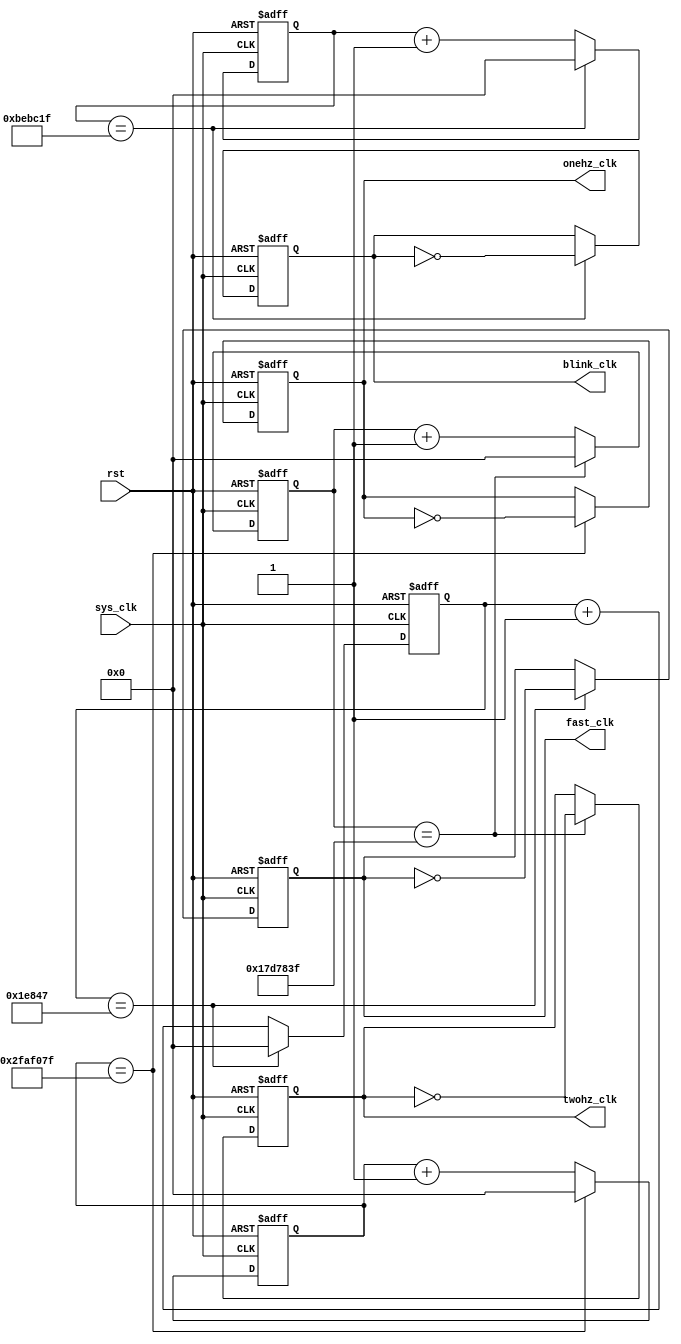

`timescale 1ns / 1ps
//////////////////////////////////////////////////////////////////////////////////
// Company:
// Engineer:
//
// Design Name:
// Module Name:    clk_div
// Project Name:
// Target Devices:
// Tool versions:
// Description:
//
// Dependencies:
//
// Revision:
// Revision 0.01 - File Created
// Additional Comments:
//
//////////////////////////////////////////////////////////////////////////////////
//TODO: Figure out how fast to make blink_clk blink
module SetClk(
    //Input
    sys_clk, rst,
    //Ouput
    onehz_clk, twohz_clk, fast_clk, blink_clk
    );
// Master clock: 100 MHz
input sys_clk;
input rst;

// 1 Hz clock

output wire onehz_clk;
reg onehz_clk_temp;
// 2 Hz clock

output wire twohz_clk;
reg twohz_clk_temp;
// 400 Hz clock

output wire fast_clk;
reg fast_clk_temp;
// 4 Hz clock

output wire blink_clk;
reg blink_clk_temp;

// Counters to count the clock cycles before the specified clock goes high
reg [31:0] onehz_count;
reg [31:0] twohz_count;
reg [31:0] fasthz_count;
reg [31:0] blinkhz_count;

    // 1 Hz Clock Implementation
    always @ (posedge sys_clk or posedge rst) begin
        if (rst == 1'b1) begin
            onehz_count <= 32'b0;
            onehz_clk_temp <= 1'b0;
        end
        else if (onehz_count == 32'd50000000 - 32'b1) begin
            onehz_count <= 32'b0;
            onehz_clk_temp <= ~onehz_clk;
        end
        else begin
            onehz_count <= onehz_count + 32'b1;
            onehz_clk_temp <= onehz_clk;
        end
    end
    // 2 Hz Clock Implementation
    always @ (posedge sys_clk or posedge rst) begin
        if (rst == 1'b1) begin
            twohz_count <= 32'b0;
            twohz_clk_temp <= 1'b0;
        end
        else if (twohz_count == 32'd25000000 - 32'b1) begin
            twohz_count <= 32'b0;
            twohz_clk_temp <= ~twohz_clk;
        end
        else begin
            twohz_count <= twohz_count + 32'b1;
            twohz_clk_temp <= twohz_clk;
        end
    end
    // Fast (400 Hz) Clock Implementation
    always @ (posedge sys_clk or posedge rst) begin
        if (rst == 1'b1) begin
            fasthz_count <= 32'b0;
            fast_clk_temp <= 1'b0;
        end
        else if (fasthz_count == 32'd125000 - 32'b1) begin
            fasthz_count <= 32'b0;
            fast_clk_temp <= ~fast_clk;
        end
        else begin
            fasthz_count <= fasthz_count + 32'b1;
            fast_clk_temp <= fast_clk;
        end
    end
    // Blink (4 Hz) Clock Implementation
    always @ (posedge sys_clk or posedge rst) begin
        if (rst == 1'b1) begin
            blinkhz_count <= 32'b0;
            blink_clk_temp <= 1'b0;
        end
        else if (blinkhz_count == 32'd12500000 - 32'b1) begin
            blinkhz_count <= 32'b0;
            blink_clk_temp <= ~blink_clk;
        end
        else begin
            blinkhz_count <= blinkhz_count + 32'b1;
            blink_clk_temp <= blink_clk;
        end
    end
	 
	 assign onehz_clk = onehz_clk_temp;
	 assign twohz_clk = twohz_clk_temp;
	 assign fast_clk = fast_clk_temp;
	 assign blink_clk = blink_clk_temp;
	 
endmodule